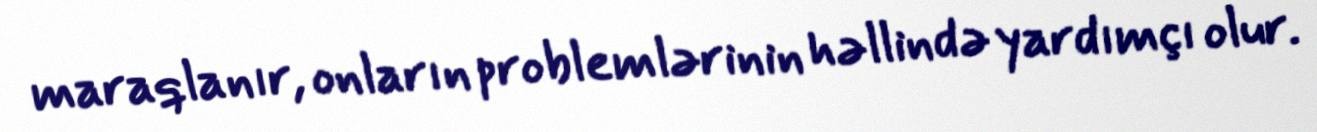
maraqlanır, onların problemlərinin həllində yardımçı olur.